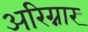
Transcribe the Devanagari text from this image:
अरिग्नार